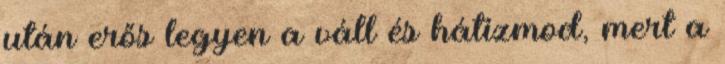
után erős legyen a váll és hátizmod, mert a